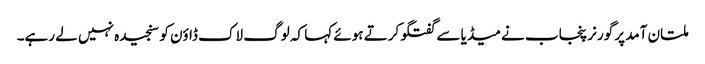
ملتان آمد پر گورنر پنجاب نے میڈیا سے گفتگو کرتے ہوئے کہا کہ لوگ لاک ڈاؤن کو سنجیدہ نہیں لے رہے۔